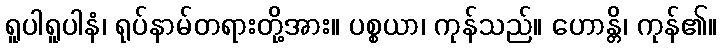
ရူပါရူပါနံ၊ ရုပ်နာမ်တရားတို့အား။ ပစ္စယာ၊ ကုန်သည်။ ဟောန္တိ၊ ကုန်၏။